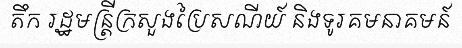
តឹក រដ្ឋមន្ត្រីក្រសួងប្រៃសណីយ៍ និងទូរគមនាគមន៍